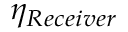
\eta _ { R e c e i v e r }